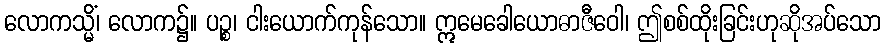
လောကသ္မိံ၊ လောက၌။ ပဉ္စ၊ ငါးယောက်ကုန်သော။ ဣမေခေါယောဓာဇီဝေါ၊ ဤစစ်ထိုးခြင်းဟုဆိုအပ်သော